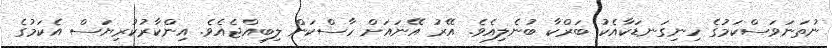
ނުތަނަވަސްކަމުގެ ހިނިގަނޑަކާއެކު ބަރްކާ ބުނެލިއެވެ. އޭރު އޭނައަށް ހާސްކަން ލިބިއްޖެއެވެ. އިންކާރުކުރިޔަސް އެކަމުގެ